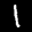
Label: 1